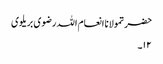
حضرتمولانا انعام اللہ رضوی بریلوی
۱۲۔